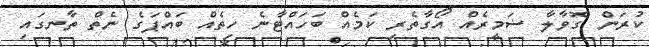
ކުރަން ގޮވާލާ ޟަމީރެއް އޯގާތެރި ކަމެއް ބަހައްޓާނެ ހިތެއް ބައްޕަގެ ނެތް ތާނގައި